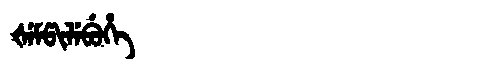
Manchu: ᡧᡝᠮᡦᡳᠯᡝᠪᡠᡥᡝ
Romanization: ŠEMPILEBUHE